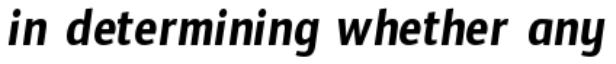
in determining whether any